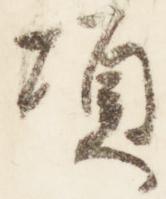
頃